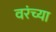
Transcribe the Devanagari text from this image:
वरंच्या